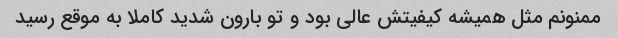
ممنونم مثل همیشه کیفیتش عالی بود و تو بارون شدید کاملا به موقع رسید